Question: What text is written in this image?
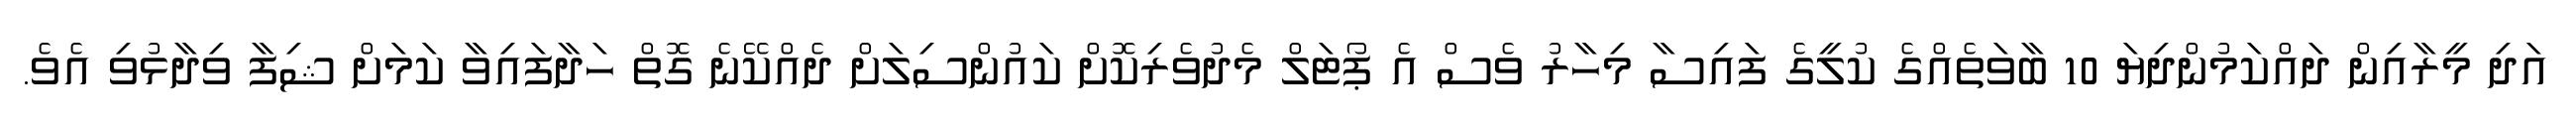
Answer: އަދި މީރާއިން ދައްކަމުންދިޔަ 10 ބާވަތެއްގެ ކުލީގެ ފައިސާ މިހާރު ވެސް އެ ޕޯޓަލް މެދުވެރިކޮށް ކައުންސިލަށް ދެއްކޭނެ ގޮތް ހަދާފައިވާ ކަމަށް ޝިފާ ވިދާޅުވި އެވެ.